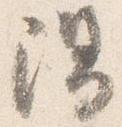
陽